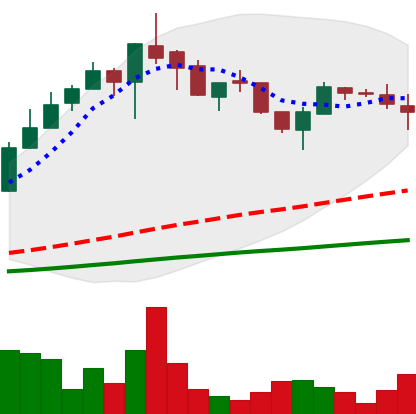
Ticker: LTC-USD
Chart end date: 2017-05-22
Forward return: -6.484%
Label: down_5_7